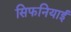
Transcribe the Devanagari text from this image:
सिफनियाई